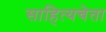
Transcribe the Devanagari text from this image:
साहित्यचेता